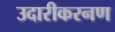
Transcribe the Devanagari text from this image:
उदारीकरनण